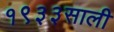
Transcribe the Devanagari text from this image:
१९३३साली